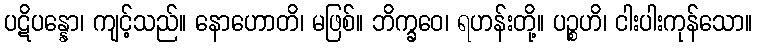
ပဋိပန္နော၊ ကျင့်သည်။ နောဟောတိ၊ မဖြစ်။ ဘိက္ခဝေ၊ ရဟန်းတို့။ ပဉ္စဟိ၊ ငါးပါးကုန်သော။